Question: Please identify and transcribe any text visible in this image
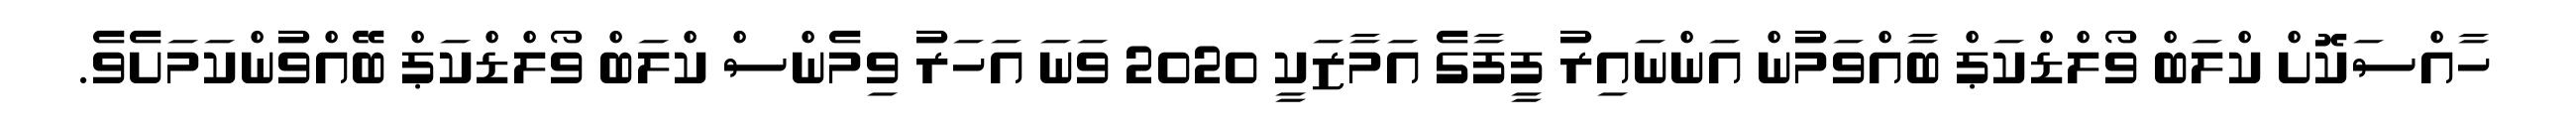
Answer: ހާއްސަކޮށް ކްލަބް ވޯލްޑްކަޕް ބާއްވަމުން އަންނައިރު ފީފާގެ އަމާޒަކީ 2020 ވަނަ އަހަރު ވިމެންސް ކްލަބް ވޯލްޑްކަޕް ބޭއްވުންކަމަށެވެ.